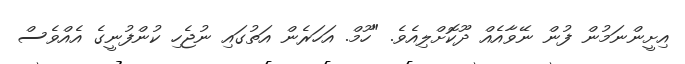
އިށީންނަމުން ފުން ނޭވާއެއް ދޫކޮށްލިއެވެ. "ހޫމް. އަހަރެން އަތުގައި ނުޖެހި ކުންފުނީގެ އެއްވެސް